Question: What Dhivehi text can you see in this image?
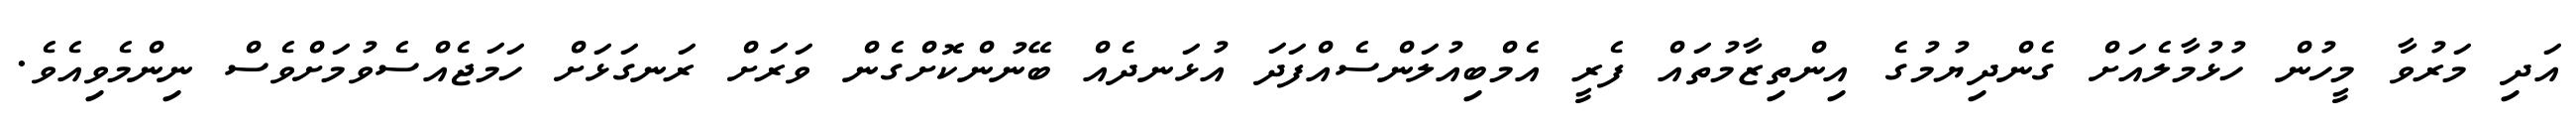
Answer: އަދި މަރުވާ މީހުން ހުޅުމާލެއަށް ގެންދިޔުމުގެ އިންތިޒާމުތައް ފެރީ އެމްބިއުލަންސެއްފަދަ އުޅަނދެއް ބޭނުންކޮށްގެން ވަރަށް ރަނގަޅަށް ހަމަޖެއްސެވުމަށްވެސް ނިންމެވިއެވެ.